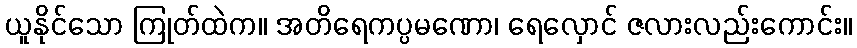
ယူနိုင်သော ကြုတ်ထဲက။ အတိရေကပ္ပမဏော၊ ရေလှောင် ဇလားလည်းကောင်း။